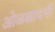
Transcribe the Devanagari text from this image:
ओळखायची